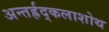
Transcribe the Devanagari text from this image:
अन्तर्ह्रद्कलाशोथ